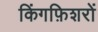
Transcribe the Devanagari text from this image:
किंगफ़िशरों